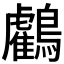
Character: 𪇦